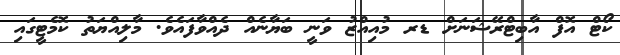
ކޯޓް އޮފް އާބިޓްރޭޝަނަށް ޑރ މުއިއްޒު ވަނީ ބަޔާނެއް ދެއްވާފައެވެ. މާލިއްޔަތު ކޮމެޓީގައި